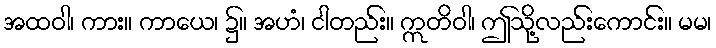
အထဝါ၊ ကား။ ကာယေ၊ ၌။ အဟံ၊ ငါတည်း။ ဣတိဝါ၊ ဤသို့လည်းကောင်း။ မမ၊